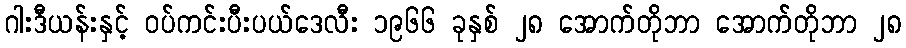
ဂါးဒီယန်းနှင့် ဝပ်ကင်းပီးပယ်ဒေလီး ၁၉၆၆ ခုနှစ် ၂၈ အောက်တိုဘာ အောက်တိုဘာ ၂၈